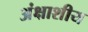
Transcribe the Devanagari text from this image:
अंक्षाशीय